Report on the working of the Ranchi Indian Mental Hospital, Kanke, in Bihar and Orissa - 1930-1940
Year: 1930
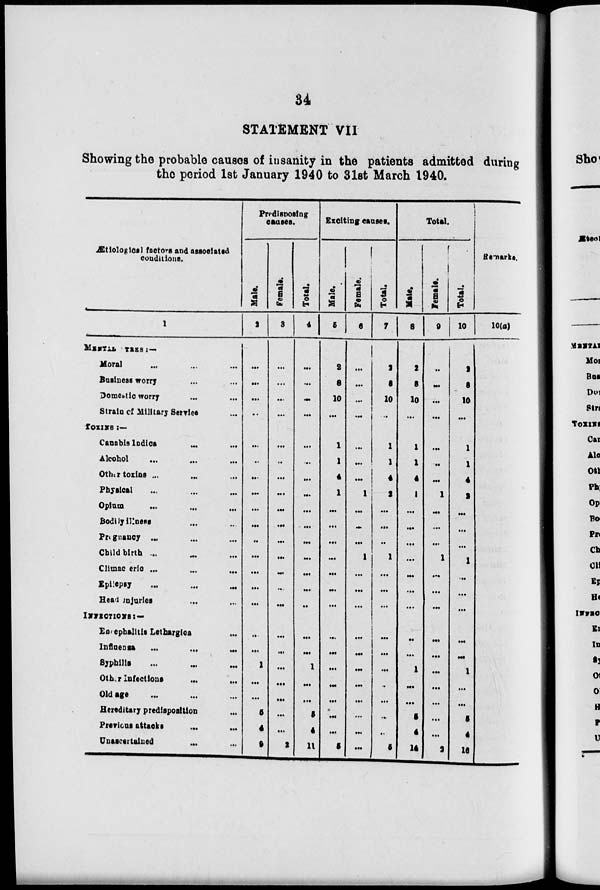
34
STATEMENT VII
Showing the probable causes of insanity in the patients admitted during
the period 1st January 1940 to 31st March 1940.
Ætiological factors and associated
conditions.
1
MENTAL STRESS:—
Moral
...
...
...
Business worry ... ...
Domestic worry ... ...
Strain of Military Serried ...
TOXINS :—
Canabis Indica ... ...
Alcohol ... ... ...
Other toxins ... ... ...
Physical ... ... ...
Opium
...
...
Bodily illness ... ...
Pregnancy
...
...
...
Child birth ... ... ...
Climacteric
...
...
...
Epilepsy
...
...
...
Head injuries ... ...
INFECTIONS:—
Encephalitii Lethargica ...
Influenss
...
...
...
Syphilis ... ... ...
Other Infections ... ...
Old age ... ... ...
Hereditary predisposition ...
Previous attacks
...
...
Unascertained ... ...
Predisposing
casuses.
Male.
2
...
...
...
...
...
...
...
...
...
...
..
..
...
...
...
...
...
1
...
...
5
4
9
Female.
3
...
...
...
...
...
..
...
...
...
...
...
...
...
...
...
...
...
...
...
...
...
...
2
Total.
4
...
...
...
...
...
...
...
...
...
...
...
...
...
...
..
...
...
1
...
...
5
4
11
Exciting causes.
Male.
5
2
8
10
...
1
1
4
1
...
...
...
...
...
...
...
...
...
...
...
...
...
...
5
Female.
6
...
...
...
...
...
...
...
1
...
...
...
1
...
...
...
...
...
...
...
...
...
...
...
Total.
7
2
8
10
...
1
1
4
2
...
...
..
1
...
...
...
...
...
...
..
...
...
...
5
Total.
Male.
8
2
8
10
...
1
1
4
1
...
...
...
...
...
...
...
..
...
1
...
...
5
4
14
Female.
9
..
...
...
...
...
...
...
1
...
...
...
1
...
...
...
...
...
...
...
...
...
...
2
Total.
10
2
8
10
...
1
1
4
1
...
...
...
1
...
...
...
...
...
1
...
...
5
4
16
Remarks.
10(a)